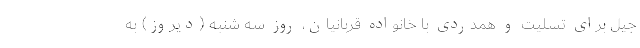
جیل برای تسلیت و همدردی با خانواده قربانیان، روز سه شنبه (دیروز) به